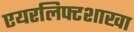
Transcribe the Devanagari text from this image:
एयरलिफ्टशाखा